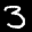
Label: 3